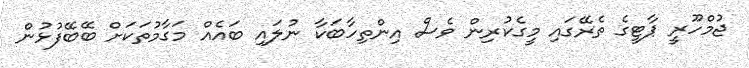
ޖުމްހޫރީ ޕާޓީގެ ތެރޭގައި މީގެކުރިން ވެސް އިންތިހާބަކާ ނުލައި ބައެއް މަގާމުތަކަށް ބޭބޭފުޅުން